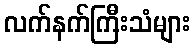
လက်နက်ကြီးသံများ